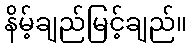
နိမ့်ချည်မြင့်ချည်။